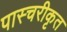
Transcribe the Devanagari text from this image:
पास्चरीकृत